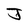
Character: J